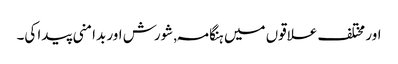
اور مختلف علاقوں میں ہنگامہ , شورش اور بدامنی پیدا کی۔